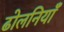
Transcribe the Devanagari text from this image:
ढोलनियाँ